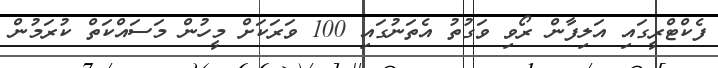
ފެކްޓްރީގައި އަލިފާން ރޯވި ވަގުތު އެތަނުގައި 100 ވަރަކަށް މީހުން މަސައްކަތް ކުރަމުން